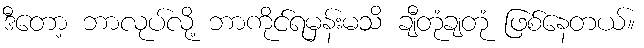
ဒီတော့ ဘာလုပ်လို့ ဘာကိုင်ရမှန်းမသိ ချီတုံချတုံ ဖြစ်နေတယ်။